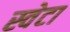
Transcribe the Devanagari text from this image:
स्वेटा